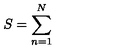
S = \sum _ { n = 1 } ^ { N }